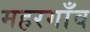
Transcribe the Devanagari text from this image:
महरगाँव